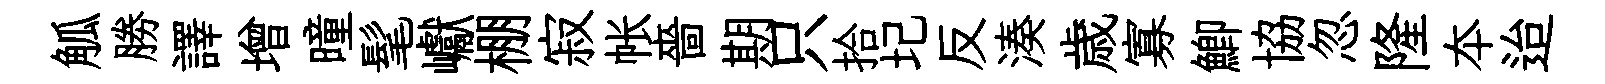
觚勝譯增曈髦巘棚寂帐嗇期只拾圮反湊歳寡鯽協忽隆夲迨